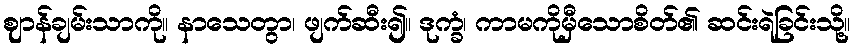
ဈာန်ချမ်းသာကို။ နာသေတွာ၊ ဖျက်ဆီး၍။ ဒုက္ခံ၊ ကာမကိုမှီသောစိတ်၏ ဆင်းရဲခြင်းသို့။